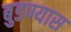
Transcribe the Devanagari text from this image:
बुडण्यास